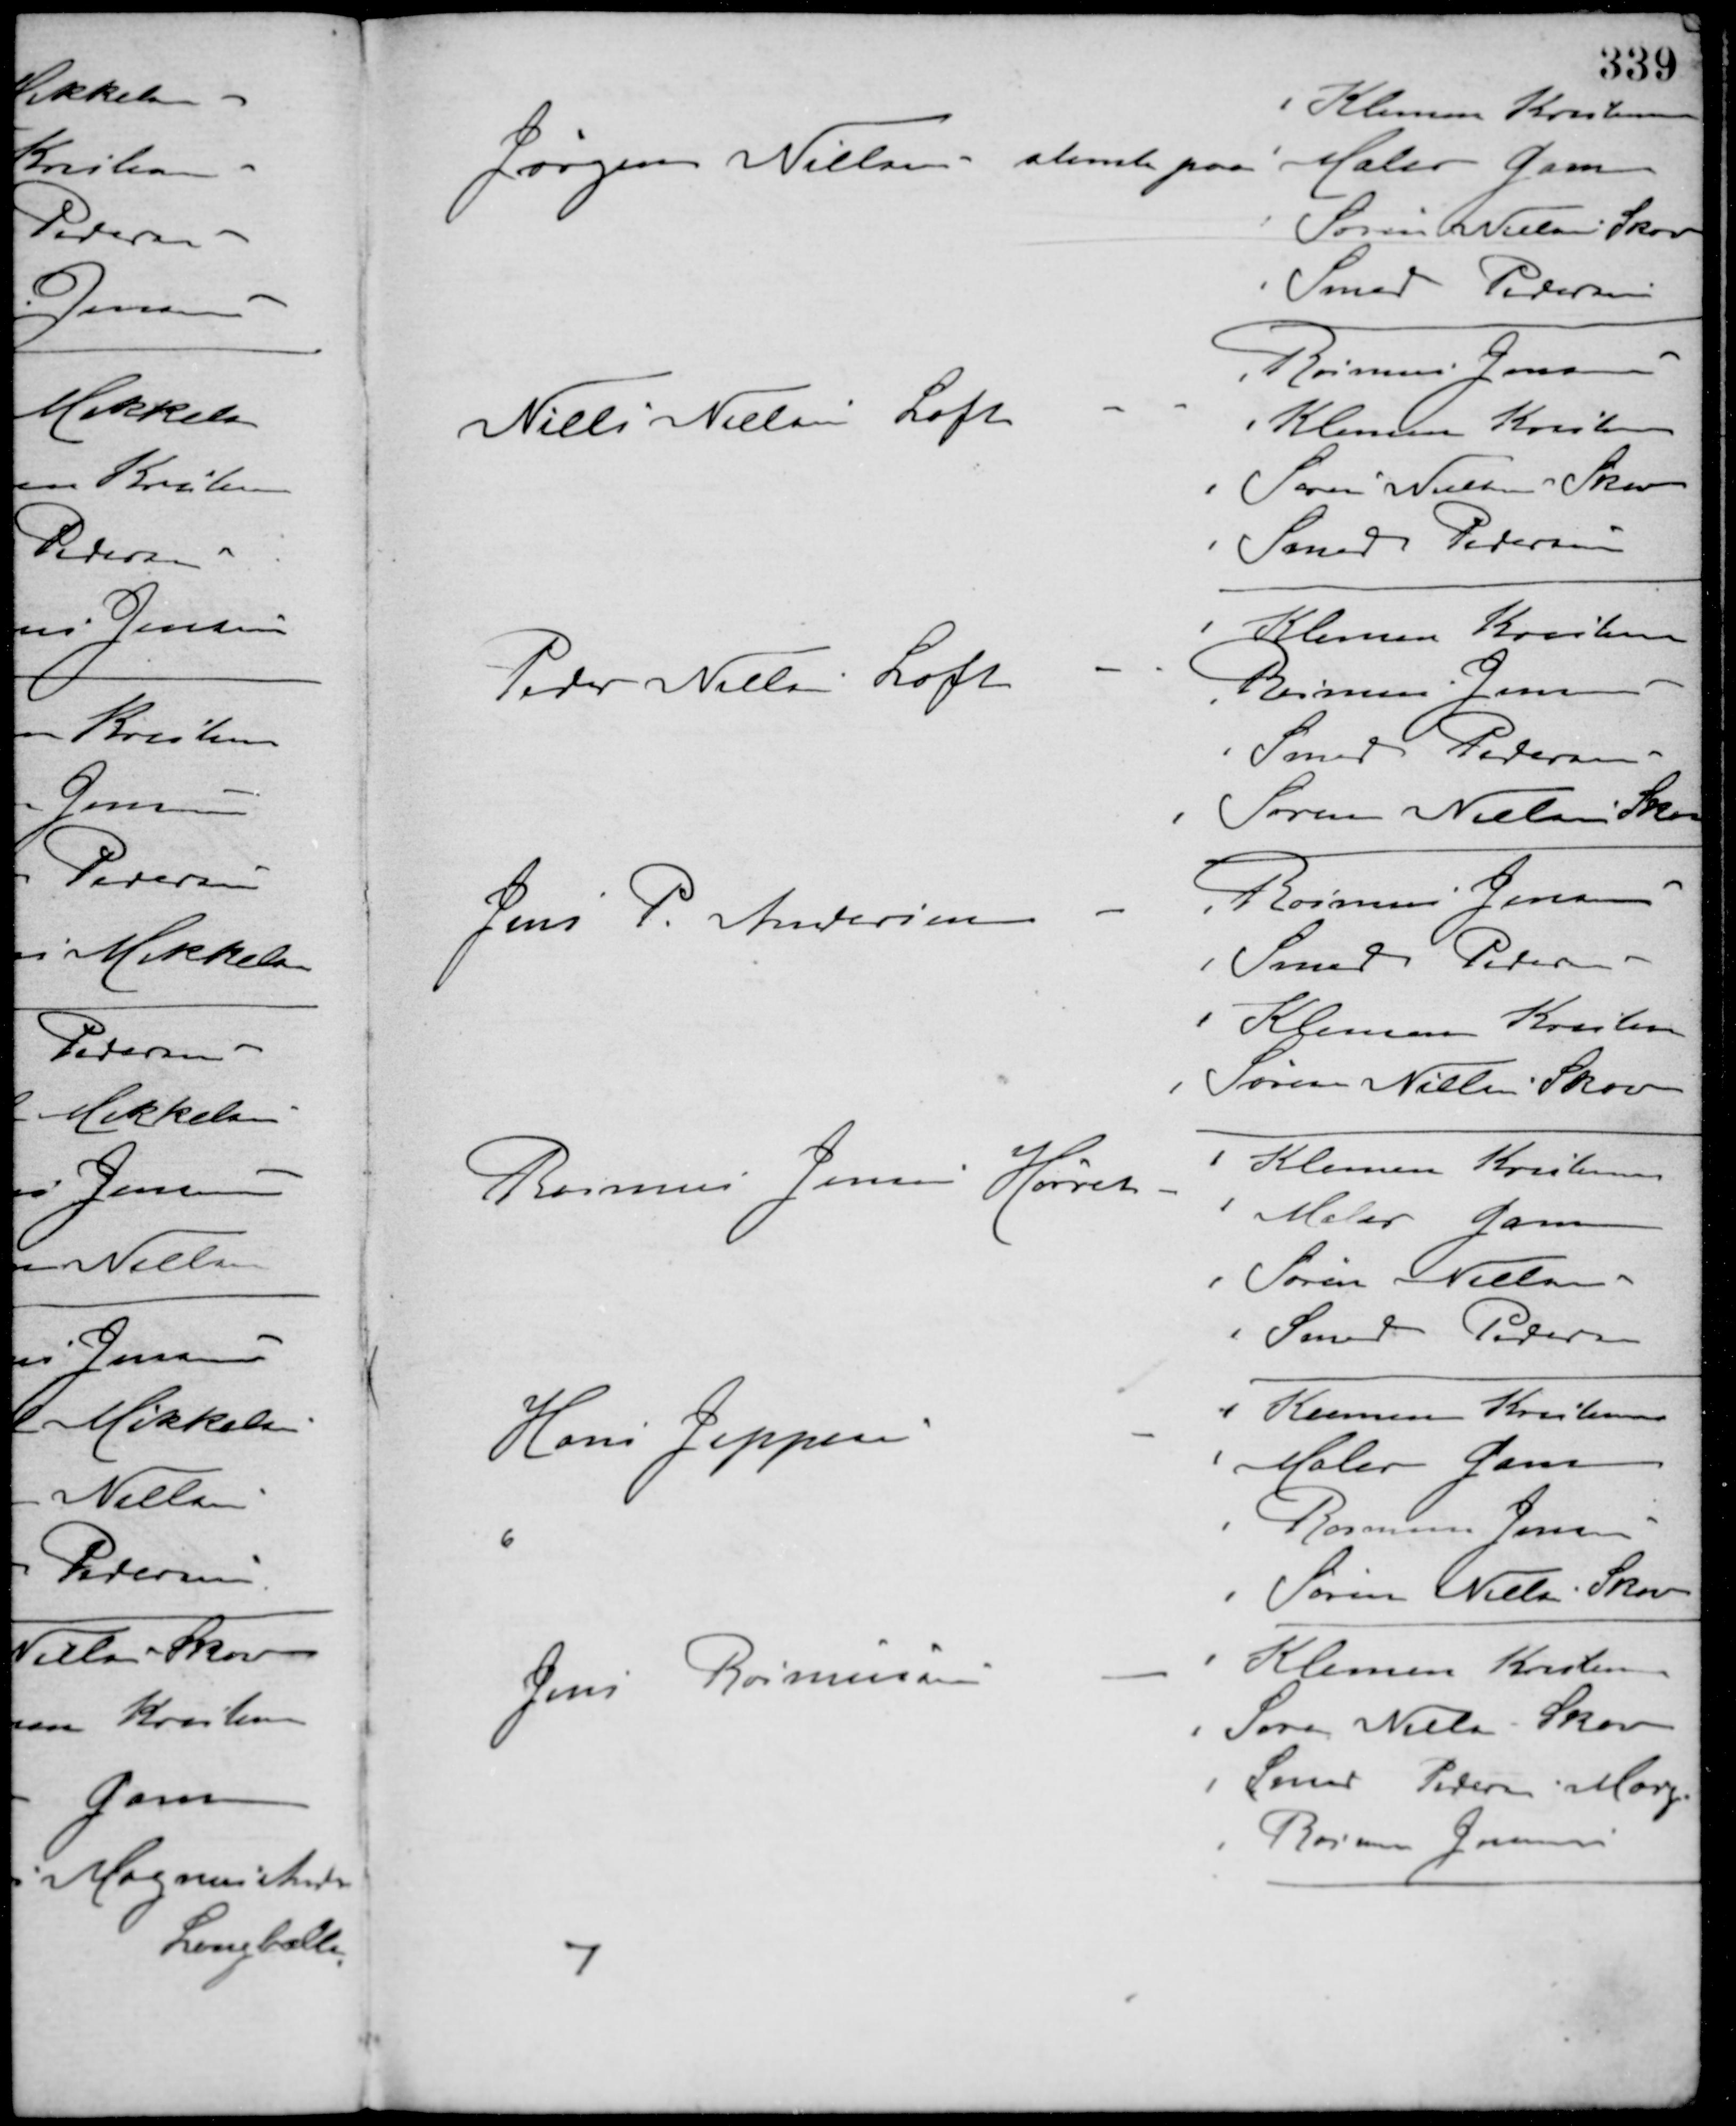
Transskription:
Jørgen Nielsen stemte paa
Klemen Kristensen
Maler Gam
Søren Nielsen Skov
Smed Pedersen
Niels Nielsen Loft -
Rasmus Jensen
Klemen Kristensen
Søren Nielsen Skov
Smed Pedersen
Peder Nielsen Loft -
Klemen Kristensen
Rasmus Jensen
Smed Pedersen
Søren Nielsen Skov
Jens P. Andersen -
Rasmus Jensen
Smed Pedersen
Klemen Kristensen
Søren Nielsen Skov
Rasmus Jensen Hørret -
Klemen Kristensen
Maler Gam
Søren Nielsen
Smed Pedersen
Hans Jeppesen
-
Klemen Kristensen
Maler Gam
Rasmus Jensen
Søren Nielsen Skov
6
Klemen Kristensen
Jens Rasmussen
-
Søren Nielsen Skov
Smed Pedersen Morg
Rasmus Jensen
7